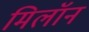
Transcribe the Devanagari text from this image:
मिलॉन